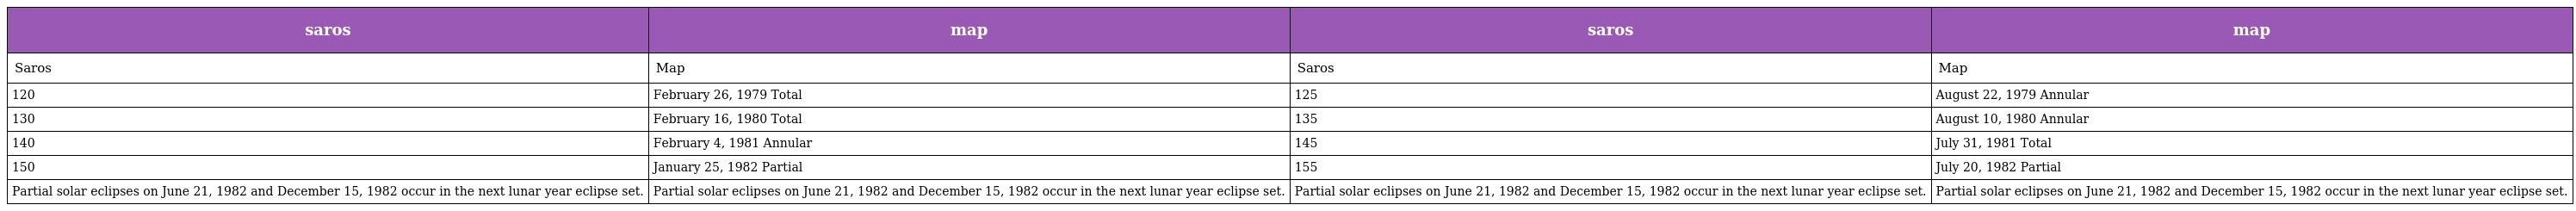
| saros | map | saros | map |
 | --- | --- | --- | --- |
 | Saros | Map | Saros | Map |
 | 120 | February 26, 1979 Total | 125 | August 22, 1979 Annular |
 | 130 | February 16, 1980 Total | 135 | August 10, 1980 Annular |
 | 140 | February 4, 1981 Annular | 145 | July 31, 1981 Total |
 | 150 | January 25, 1982 Partial | 155 | July 20, 1982 Partial |
 | Partial solar eclipses on June 21, 1982 and December 15, 1982 occur in the next lunar year eclipse set. | Partial solar eclipses on June 21, 1982 and December 15, 1982 occur in the next lunar year eclipse set. | Partial solar eclipses on June 21, 1982 and December 15, 1982 occur in the next lunar year eclipse set. | Partial solar eclipses on June 21, 1982 and December 15, 1982 occur in the next lunar year eclipse set. |